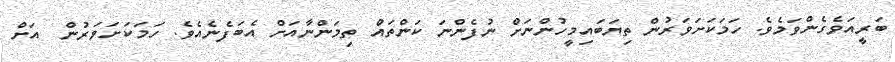
ބަރީއަވެގެންވަމެވެ. ހަމަކަށަވަރުން ތިޔަބައިމީހުންނަށް ނުފެންނަ ކަންތައް ތިމަންނާއަށް އެބަފެނެއެވެ. ހަމަކަށަވަރުން  އަށް